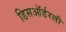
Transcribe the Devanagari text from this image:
डिसऑर्डरली